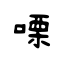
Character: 㗚